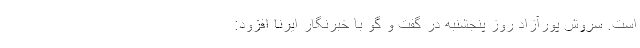
است. سروش پورآزاد روز پنجشنبه در گفت و گو با خبرنگار ایرنا افزود: